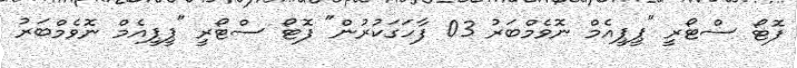
ފޮޓޯ ސްޓޯރީ "ޕީޕީއެމް ނޮވެމްބަރު 03 ފާހަގަކުރުން" ފޮޓޯ ސްޓޯރީ "ޕީޕީއެމް ނޮވެމްބަރު